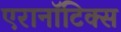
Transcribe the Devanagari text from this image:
एरानाॅटिक्स